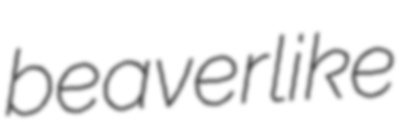
beaverlike